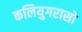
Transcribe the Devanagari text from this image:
कलियुगरासो